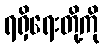
ရရှိရေးတို့ကို